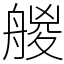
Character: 艐